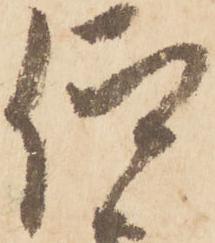
仰